Leprosy in India: report of the Leprosy Commission in India, 1890-91
Year: 1890
Disease focus: Leprosy
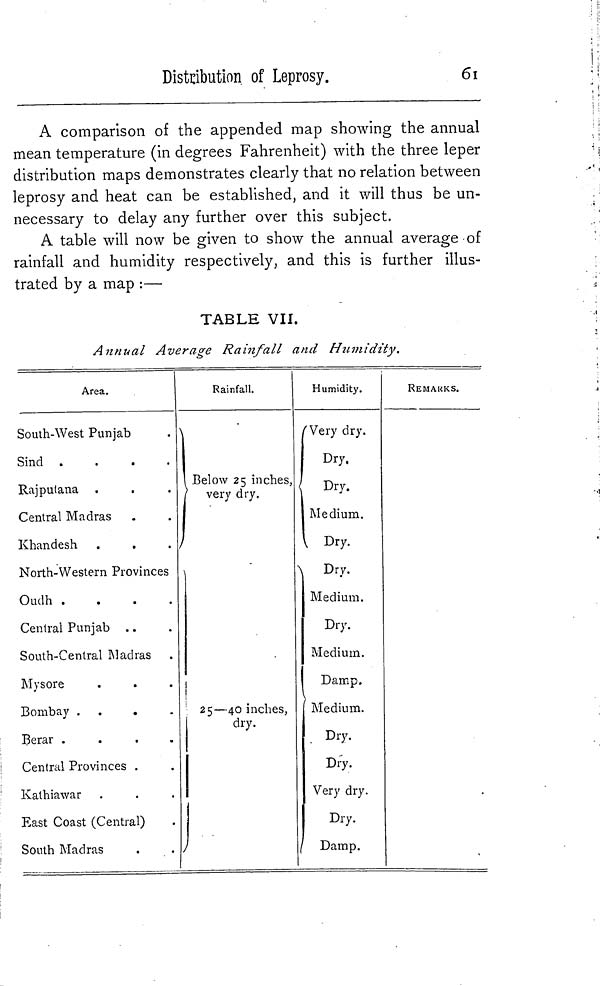
Distribution of Leprosy.
61
A comparison of the appended map showing the annual
mean temperature (in degrees Fahrenheit) with the three leper
distribution maps demonstrates clearly that no relation between
leprosy and heat can be established, and it will thus be un-
necessary to delay any further over this subject.
A table will now be given to show the annual average of
rainfall and humidity respectively, and this is further illus-
trated by a map :—
TABLE VII.
Annual Average Rainfall and Humidity.
Area.
South-West Punjab
Sind
.
.
.
.
Rajputana
Central Madras
Khandesh
North-Western Provinces
Oudh
.
.
.
.
Central Punjab
South-Cenlral Madras
Mysore
Bombay
. . .
Berar
.
.
.
.
Central Provinces .
Kathiawar
East Coast (Central)
South Madras
Rainfall.
Below 25 inches,
very dry.
25—40 inches,
dry.
/
Humidity.
Very dry.
Dry.
< Dry.
Medium.
Dry.
Dry.
Medium.
Dry.
Medium.
Damp.
Medium.
. Dry.
Dry.
Very dry.
Dry.
/ Damp.
REMARKS.